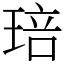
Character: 琣